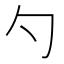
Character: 勺